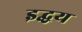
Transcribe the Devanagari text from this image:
इद्धय